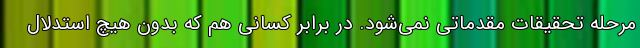
مرحله تحقیقات مقدماتی نمی‌شود. در برابر کسانی هم که بدون هیچ استدلال